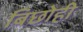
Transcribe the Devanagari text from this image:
बिछोही